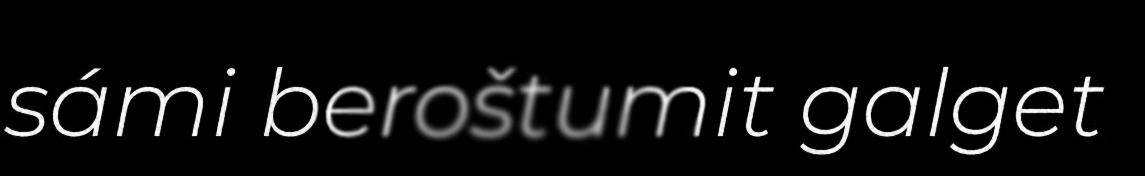
sámi beroštumit galget